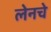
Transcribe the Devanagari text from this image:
लेनचे